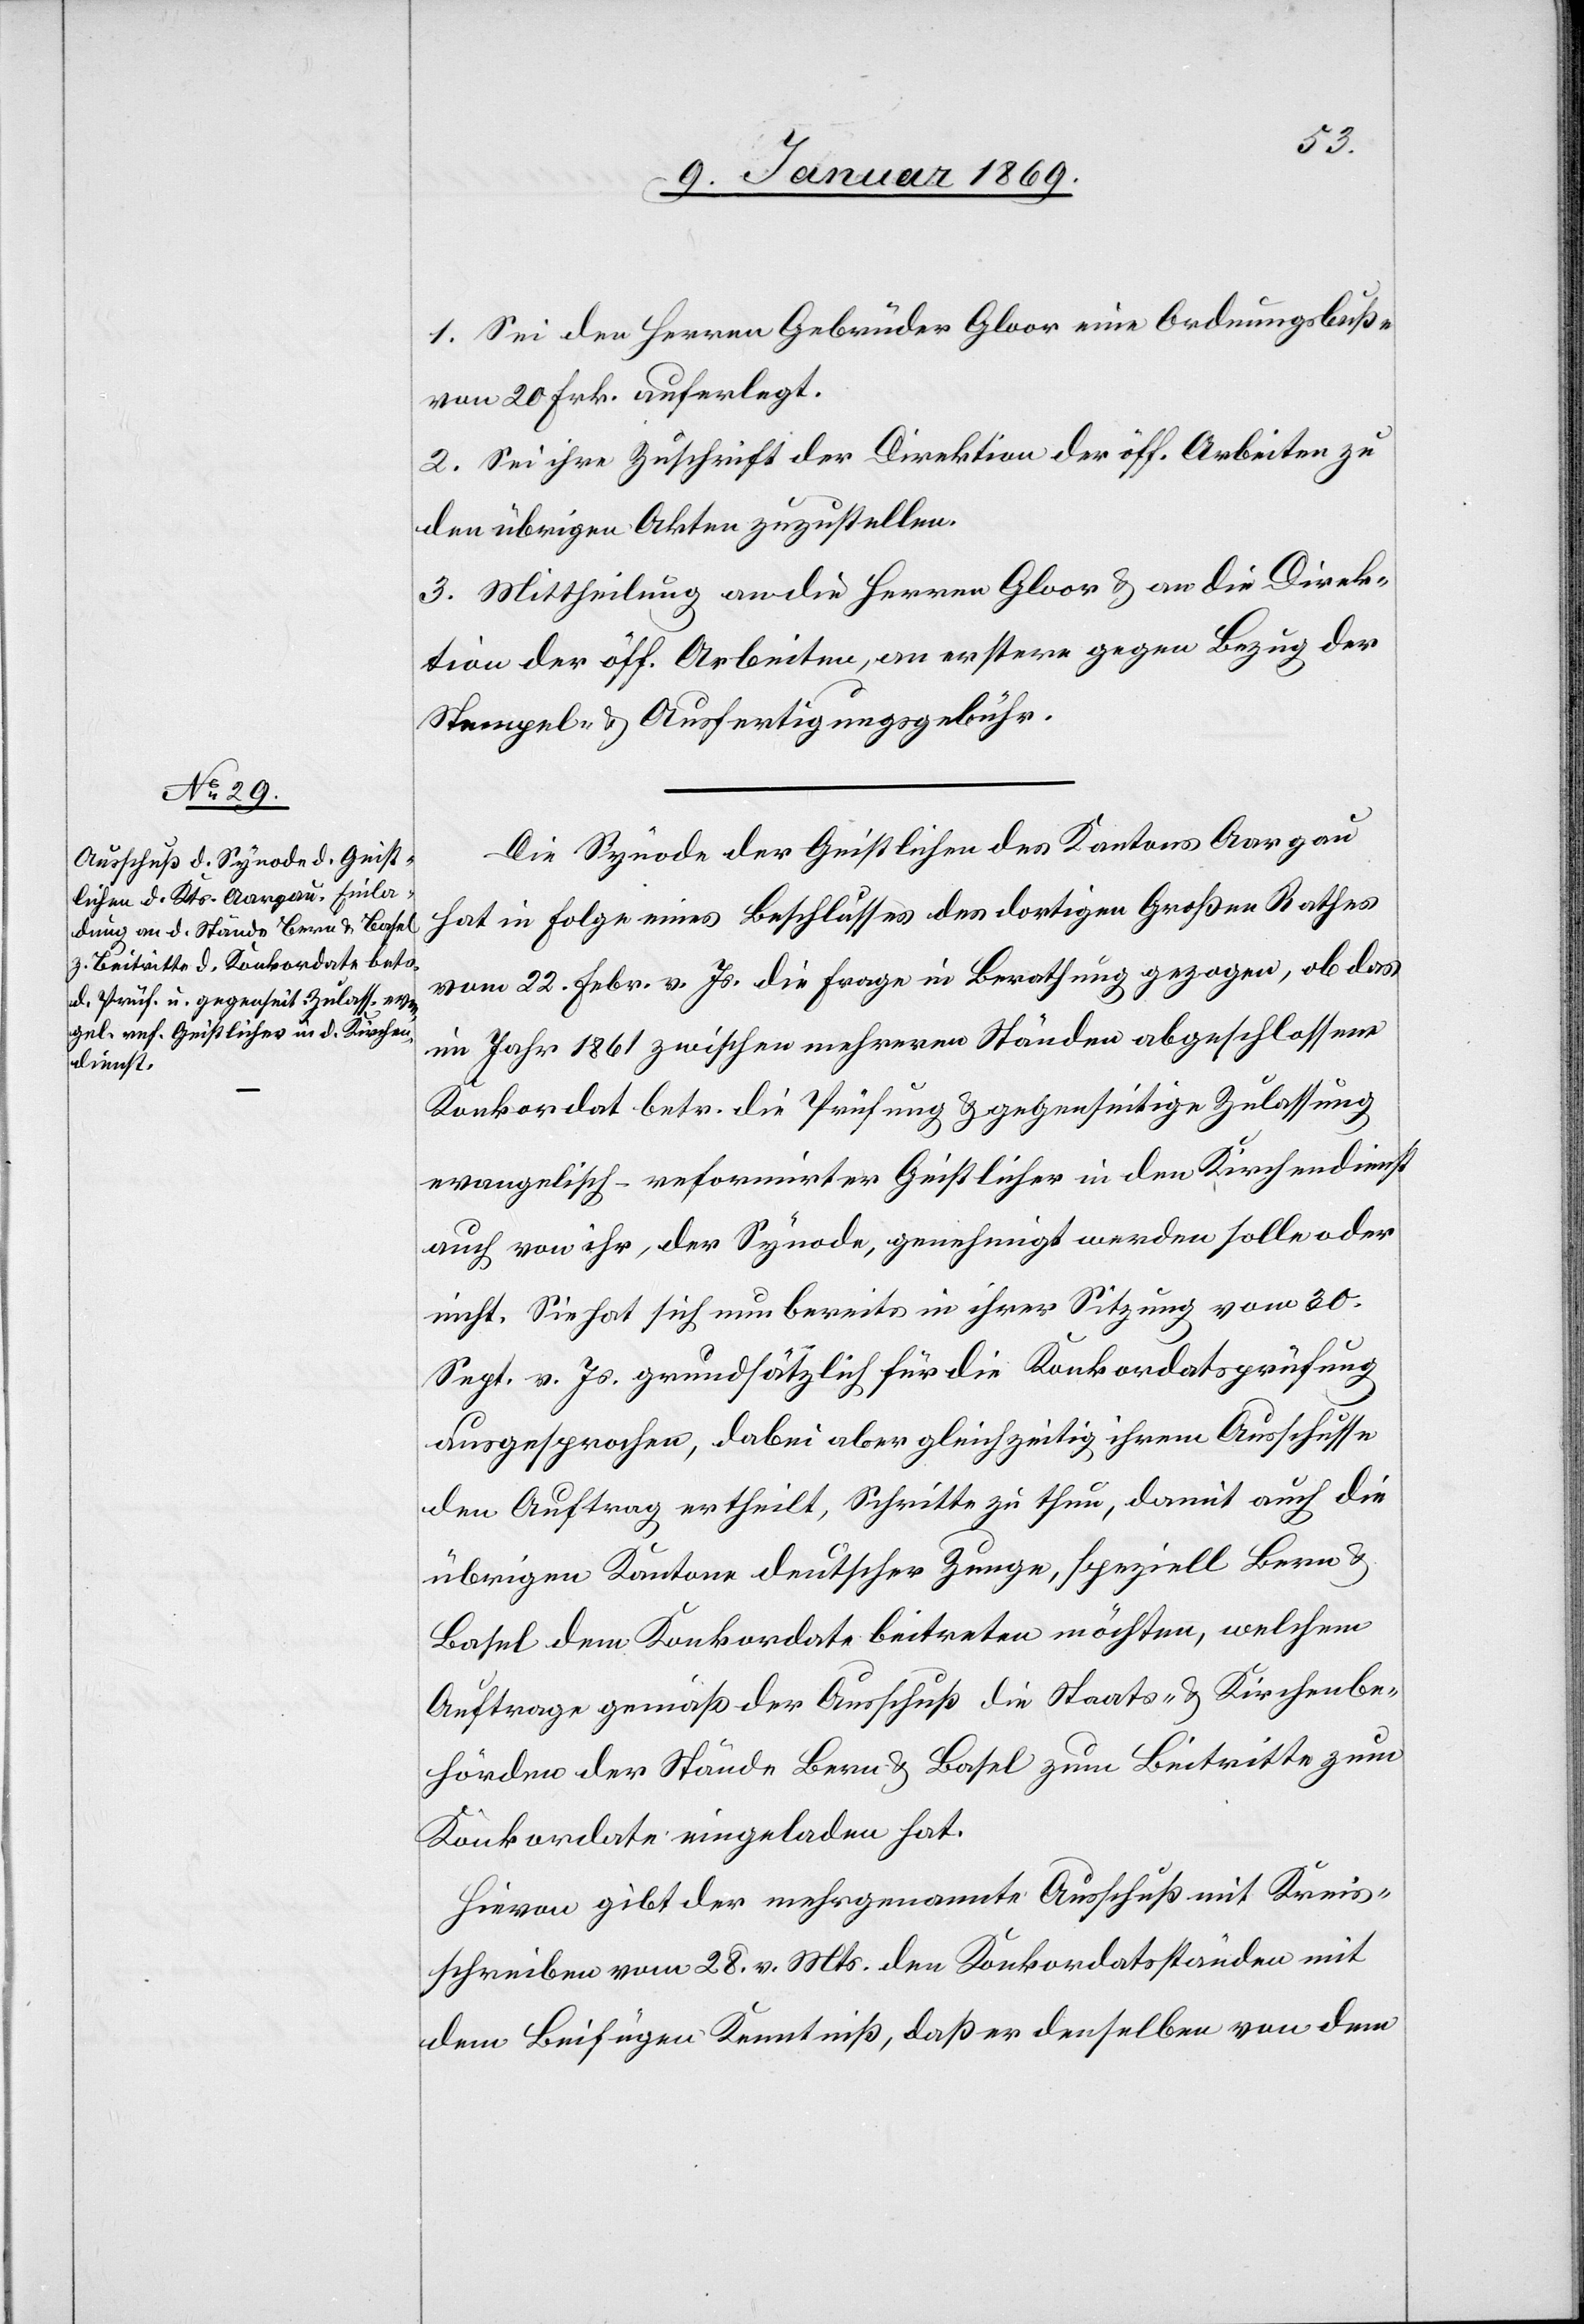
1. Sei den Herrn Gebrüder Gloor eine Ordnungsbuße
von 20 Frk. auferlegt.
2. Sei ihre Zuschrift der Direktion der öff. Arbeiten zu
den übrigen Akten zuzustellen.
3. Mittheilung an die Herren Gloor u. an die Direk¬
tion der öff. Arbeiten, an erstere gegen Bezug der
Stempel- u. Ausfertigungsgebühr.
Die Synode der Geistlichen des Kantons Aargau
hat in Folge eines Beschlusses des dortigen Großen Rathes
vom 22. Febr. v. Js. die Frage in Berathung gezogen, ob das
im Jahr 1861 zwischen mehreren Ständen abgeschlossene
Konkordat betr. die Prüfung & gegenseitige Zulassung
evangelisch-reformirter Geistlicher in den Kirchendienst
auch von ihr, der Synode, genehmigt werden solle oder
nicht. Sie hat sich nun bereits in ihrer Sitzung vom 30.
Sept. v. Js. grundsätzlich für die Konkordatsprüfung
ausgesprochen, dabei aber gleichzeitig ihrem Ausschusse
den Auftrag ertheilt, Schritte zu thun, damit auch die
übrigen Kantone deutscher Zunge, speziell Bern &
Basel dem Konkordate beitreten möchten, welchem
Auftrag gemäß der Ausschuß die Staats- & Kirchenbe¬
hörden der Stände Bern & Basel zum Beitritte zum
Konkordate eingeladen hat.
Hievon gibt der mehrgenannte Ausschuß mit Kreis¬
schreiben vom 28. v. Mts. den Konkordatsständen mit
dem Beifügen Kenntniß, daß er denselben von dem